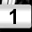
Digit: 1